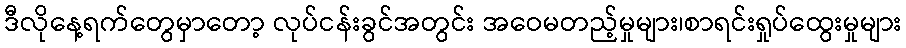
ဒီလိုနေ့ရက်တွေမှာတော့ လုပ်ငန်းခွင်အတွင်း အဝေမတည့်မှုများ၊စာရင်းရှုပ်ထွေးမှုများ